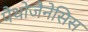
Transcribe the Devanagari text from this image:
पैथोजैनेसिस